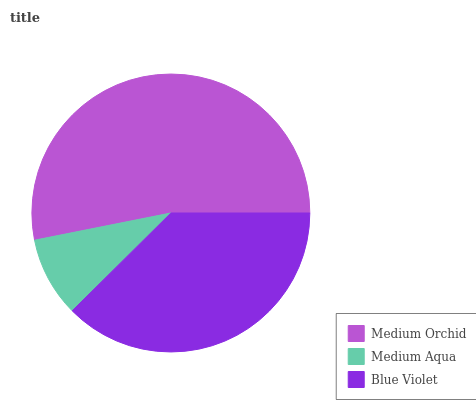
| Medium Orchid | Medium Aqua | Blue Violet |
 | --- | --- | --- |
 | 53.2% | 9.29% | 37.6% |